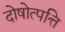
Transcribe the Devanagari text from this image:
दोषोत्पत्ति